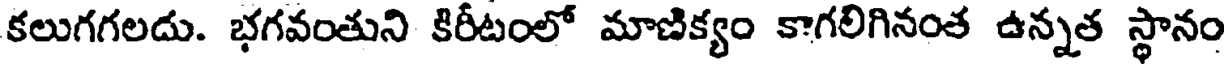
కలుగగలదు. భగవంతుని కిరీటంలో మాణిక్యం కాగలిగినంత ఉన్నత స్థానం